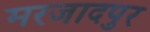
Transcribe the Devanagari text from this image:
मरजादपुर